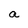
Character: a